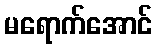
မရောက်အောင်